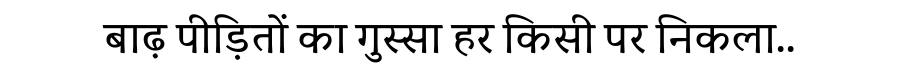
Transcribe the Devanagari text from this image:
बाढ़ पीड़ितों का गुस्सा हर किसी पर निकला..